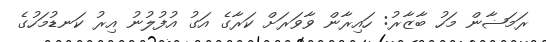
ރަމަޟާން މަހު ބާޒާރު: ހައިރާން ވާވަރަށް ކަރާގެ އަގު އުފުލުނު އިރު ކަނޑުމަހުގެ